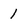
Character: 1